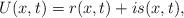
LaTeX: \begin{align*}U(x,t)=r(x,t)+is(x,t), \end{align*}